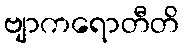
ဗျာကရောတီတိ